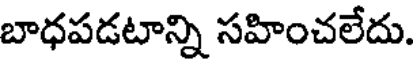
బాధపడటాన్ని సహించలేదు.